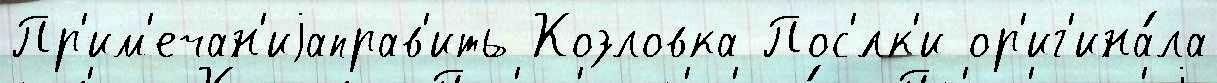
Пр'им'ечан'иjаправ'ить Козловка Пос'́лк'и ор'иг'ина́ла